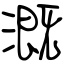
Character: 溉